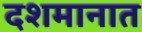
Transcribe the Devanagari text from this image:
दशमानात